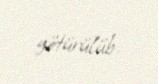
götürülüb.